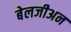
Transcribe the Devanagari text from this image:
बेलजीअन